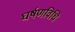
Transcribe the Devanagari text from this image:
घर्षणविधि